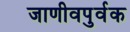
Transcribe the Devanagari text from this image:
जाणीवपुर्वक